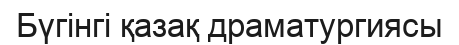
Бүгінгі қазақ драматургиясы